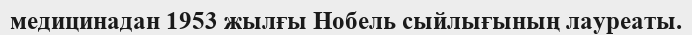
медицинадан 1953 жылғы Нобель сыйлығының лауреаты.